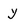
Character: y